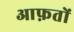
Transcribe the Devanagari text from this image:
आफ़तों